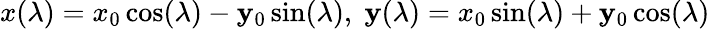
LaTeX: x(\lambda)=x_{0}\cos(\lambda)-\mathbf{y}_{0}\sin(\lambda),\; \mathbf{y}(\lambda)=x_{0}\sin(\lambda)+\mathbf{y}_{0}\cos(\lambda)